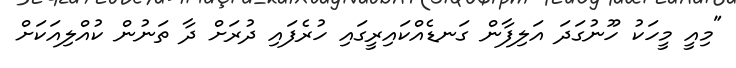
"މިއީ މީހަކު ހޫނުގަދަ އަލިފާން ގަނޑެއްކައިރީގައި ހުރެފައި ދުރަށް ދާ ތަނުން ކުއްލިއަކަށް